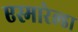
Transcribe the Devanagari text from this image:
एस्मारेल्डा